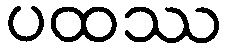
ပထဿ